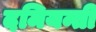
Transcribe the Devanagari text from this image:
दमियन्ती